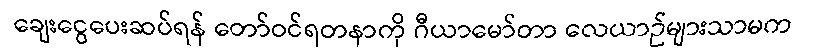
ချေးငွေပေးဆပ်ရန် တော်ဝင်ရတနာကို ဂီယာမော်တာ လေယာဉ်များသာမက